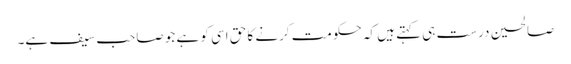
صالحین درست ہی کہتے ہیں کہ حکومت کرنے کا حق اسی کو ہے جو صاحب سیف ہے۔